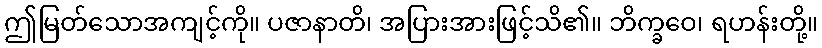
ဤမြတ်သောအကျင့်ကို။ ပဇာနာတိ၊ အပြားအားဖြင့်သိ၏။ ဘိက္ခဝေ၊ ရဟန်းတို့။